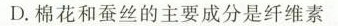
D.棉花和蚕丝的主要成分是纤维素